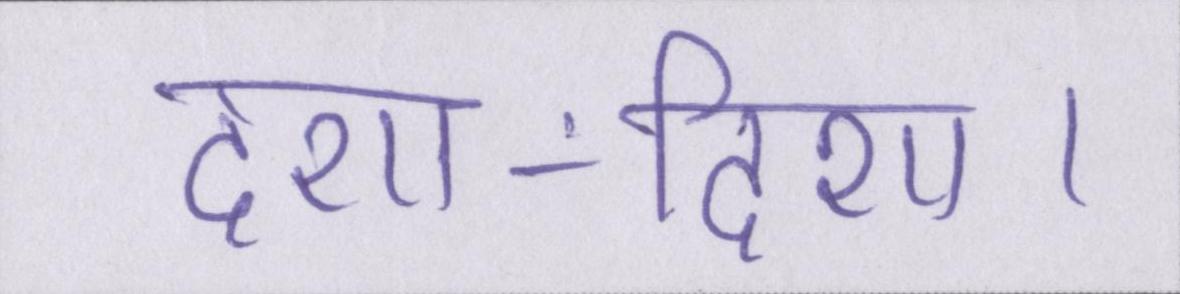
दशा-दिशा।